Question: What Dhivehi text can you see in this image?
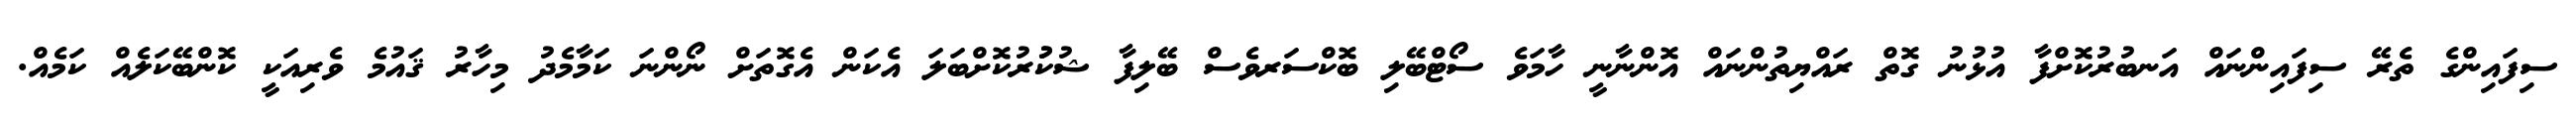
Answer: ސިފައިންގެ ތެރޭ ސިފައިންނައް އަނބުރުކޮށްފާ އުޅުނު ގޮތް ރައްޔިތުންނައް އޮންނާނީ ހާމަވެ ސޯޓްބޭލި ބޮކްސަރވެސް ބޭލިފާ ޝުކުުރުކޮށްބަލަ އެކަން އެގޮތަށް ނޯންނަ ކަމާމެދު މިހާރު ޤައުމެ ވެރިއަކީ ކޮންބޭކަލެއް ކަމެއް.